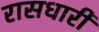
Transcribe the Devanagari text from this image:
रासधारी